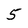
Character: 5